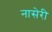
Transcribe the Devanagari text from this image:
नासेरी